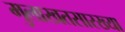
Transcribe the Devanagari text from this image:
मुलाखतसारख्या